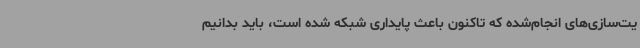
یت‌سازی‌های انجام‌شده که تاکنون باعث پایداری شبکه شده است، باید بدانیم